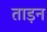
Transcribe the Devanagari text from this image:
ताड़न